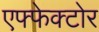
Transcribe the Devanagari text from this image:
एफ्फेक्टोर